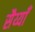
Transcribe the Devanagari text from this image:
सैय्याँ